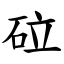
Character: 砬